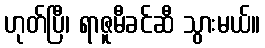
ဟုတ်ပြီ၊ ရာဇူမီခင်ဆီ သွားမယ်။